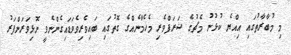
މި މުބާރާތުގައި އިއްޔެ ކުޅުނު މެޗުގެ ޝަރަފްވެރި މެހެމާނެއްގެ ގޮތުގައި ބައިވެރިވެވަޑައިގެންނެވީ ނޮޅިވަރަންފަރު